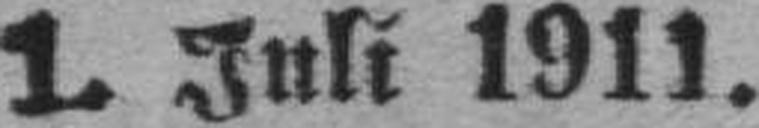
1. Juli 1911.